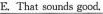
E.That sounds good,